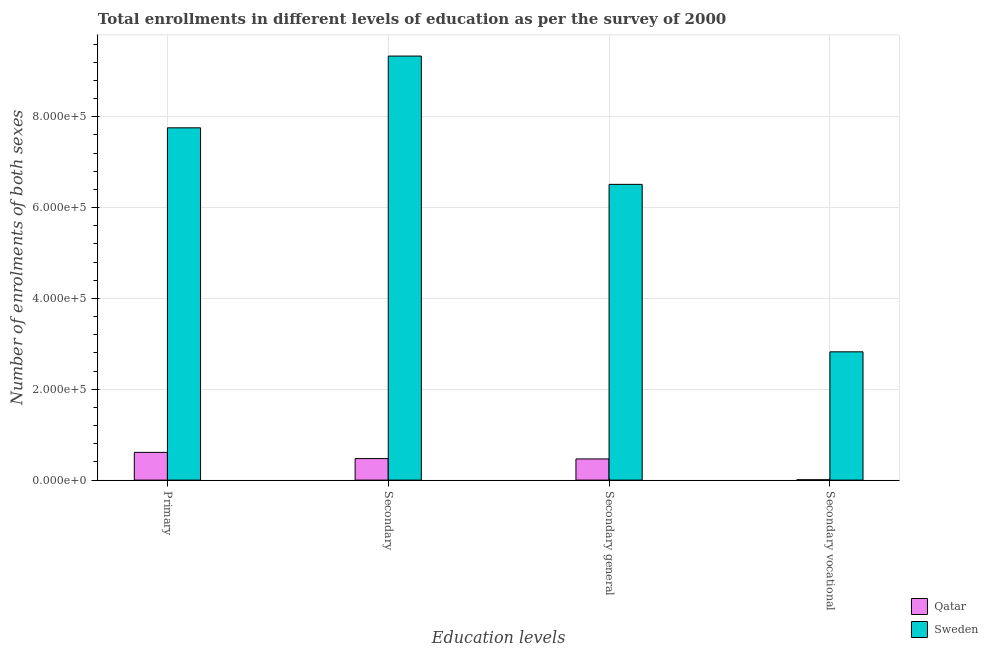
| Education levels | Qatar | Sweden |
 | --- | --- | --- |
 | Primary | 6.11e+04 | 7.76e+05 |
 | Secondary | 4.74e+04 | 9.34e+05 |
 | Secondary general | 4.67e+04 | 6.51e+05 |
 | Secondary vocational | 760 | 2.82e+05 |